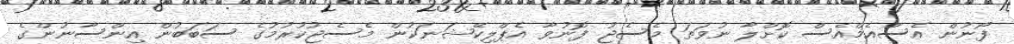
ފޯނުން އެސްއެމްއެެސް ކޮށްލާ ނުވަތަ މެސެޖު ފޮނުވާ އެޕްލިކޭޝަނަކުން މެސެޖުކުރުމުގެ ސަބަބުން އިންސާނުންގެ